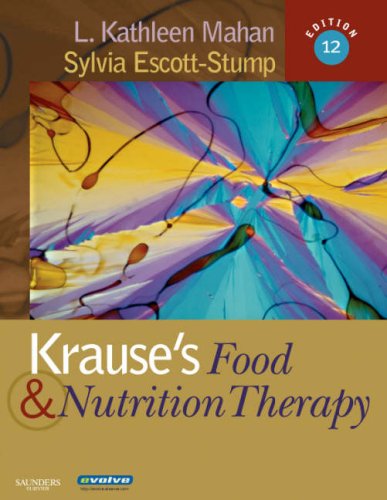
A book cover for Krause's Food & Nutrition Therapy; Janice L Raymond MS  RD  CD; Medical Books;